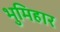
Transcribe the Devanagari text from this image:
भुमिहार